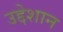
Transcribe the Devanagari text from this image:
उद्देशान